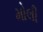
મોલી